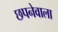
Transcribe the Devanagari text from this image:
छपनेवाला